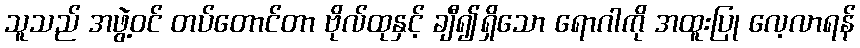
သူသည် အဖွဲ့ဝင် တပ်တောင်တာ ဗိုလ်ထုနှင့် ချီ၍ရှိသော ရောဂါကို အထူးပြု လေ့လာရန်